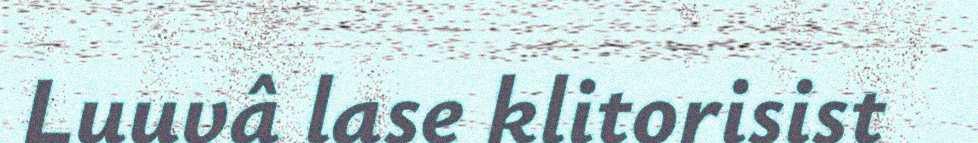
Luuvâ lase klitorisist